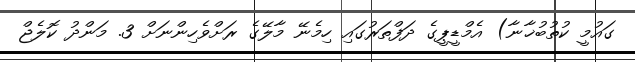
ގައުމީ ކުތުބުޚާނާ) އެމްޑީޕީގެ ދަފްތަރުގައި ހިމެނޭ މާލޭގެ ރަށްވެހިންނަށް 3. މަންދު ކޮލެޖް